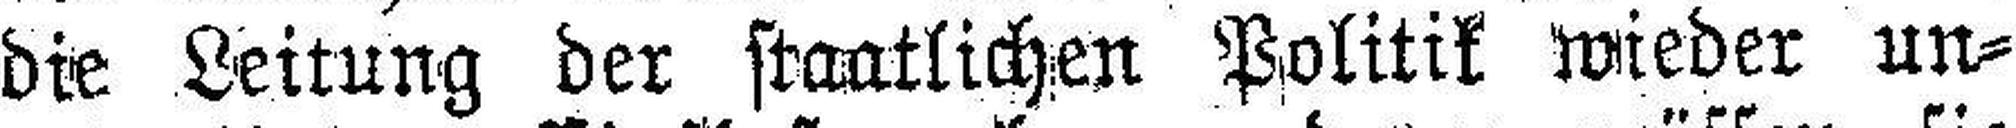
die Leitung der staatlichen Politik wieder un¬